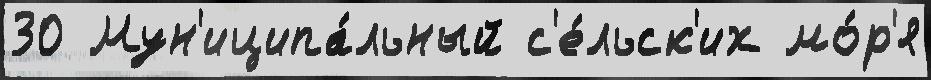
30 Мун'иципа́льный с'е́льск'их мо́р'я